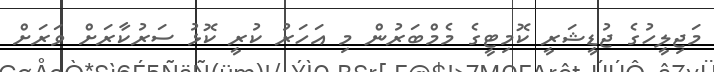
މަޖިލީހުގެ ޖުޑީޝަރީ ކޮމިޓީގެ މެމްބަރުން މި އަހަރު ކުރީ ކޮޅު ސަރުކާރަށް ވަރަށް